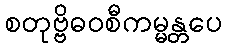
စတုဗ္ဗိဓဝစီကမ္မန္တပေ